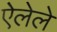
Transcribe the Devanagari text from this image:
ऐलेले